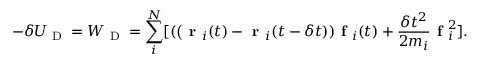
- \delta U _ { \textrm { D } } = W _ { \textrm { D } } = \sum _ { i } ^ { N } [ ( \textbf ( \textbf { r } _ { i } ( t ) - \textbf { r } _ { i } ( t - \delta t ) ) \textbf { f } _ { i } ( t ) + \frac { \delta t ^ { 2 } } { 2 m _ { i } } \textbf { f } _ { i } ^ { 2 } ] .